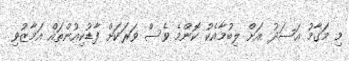
މި މަގާމު އަސަދު އަށް ލިބުމާއެކު ކޮންމެ ވެސް ވަރަކަށް ފާޑުކިއުންތައް އަމާޒުވި